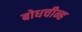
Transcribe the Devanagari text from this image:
बोधचीन्ह